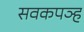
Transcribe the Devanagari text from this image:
सवकपञ्ह